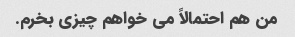
من هم احتمالاً می خواهم چیزی بخرم.